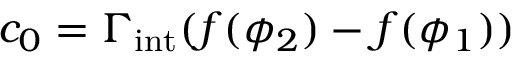
c _ { 0 } = \Gamma _ { \mathrm { i n t } } ( f ( \phi _ { 2 } ) - f ( \phi _ { 1 } ) )